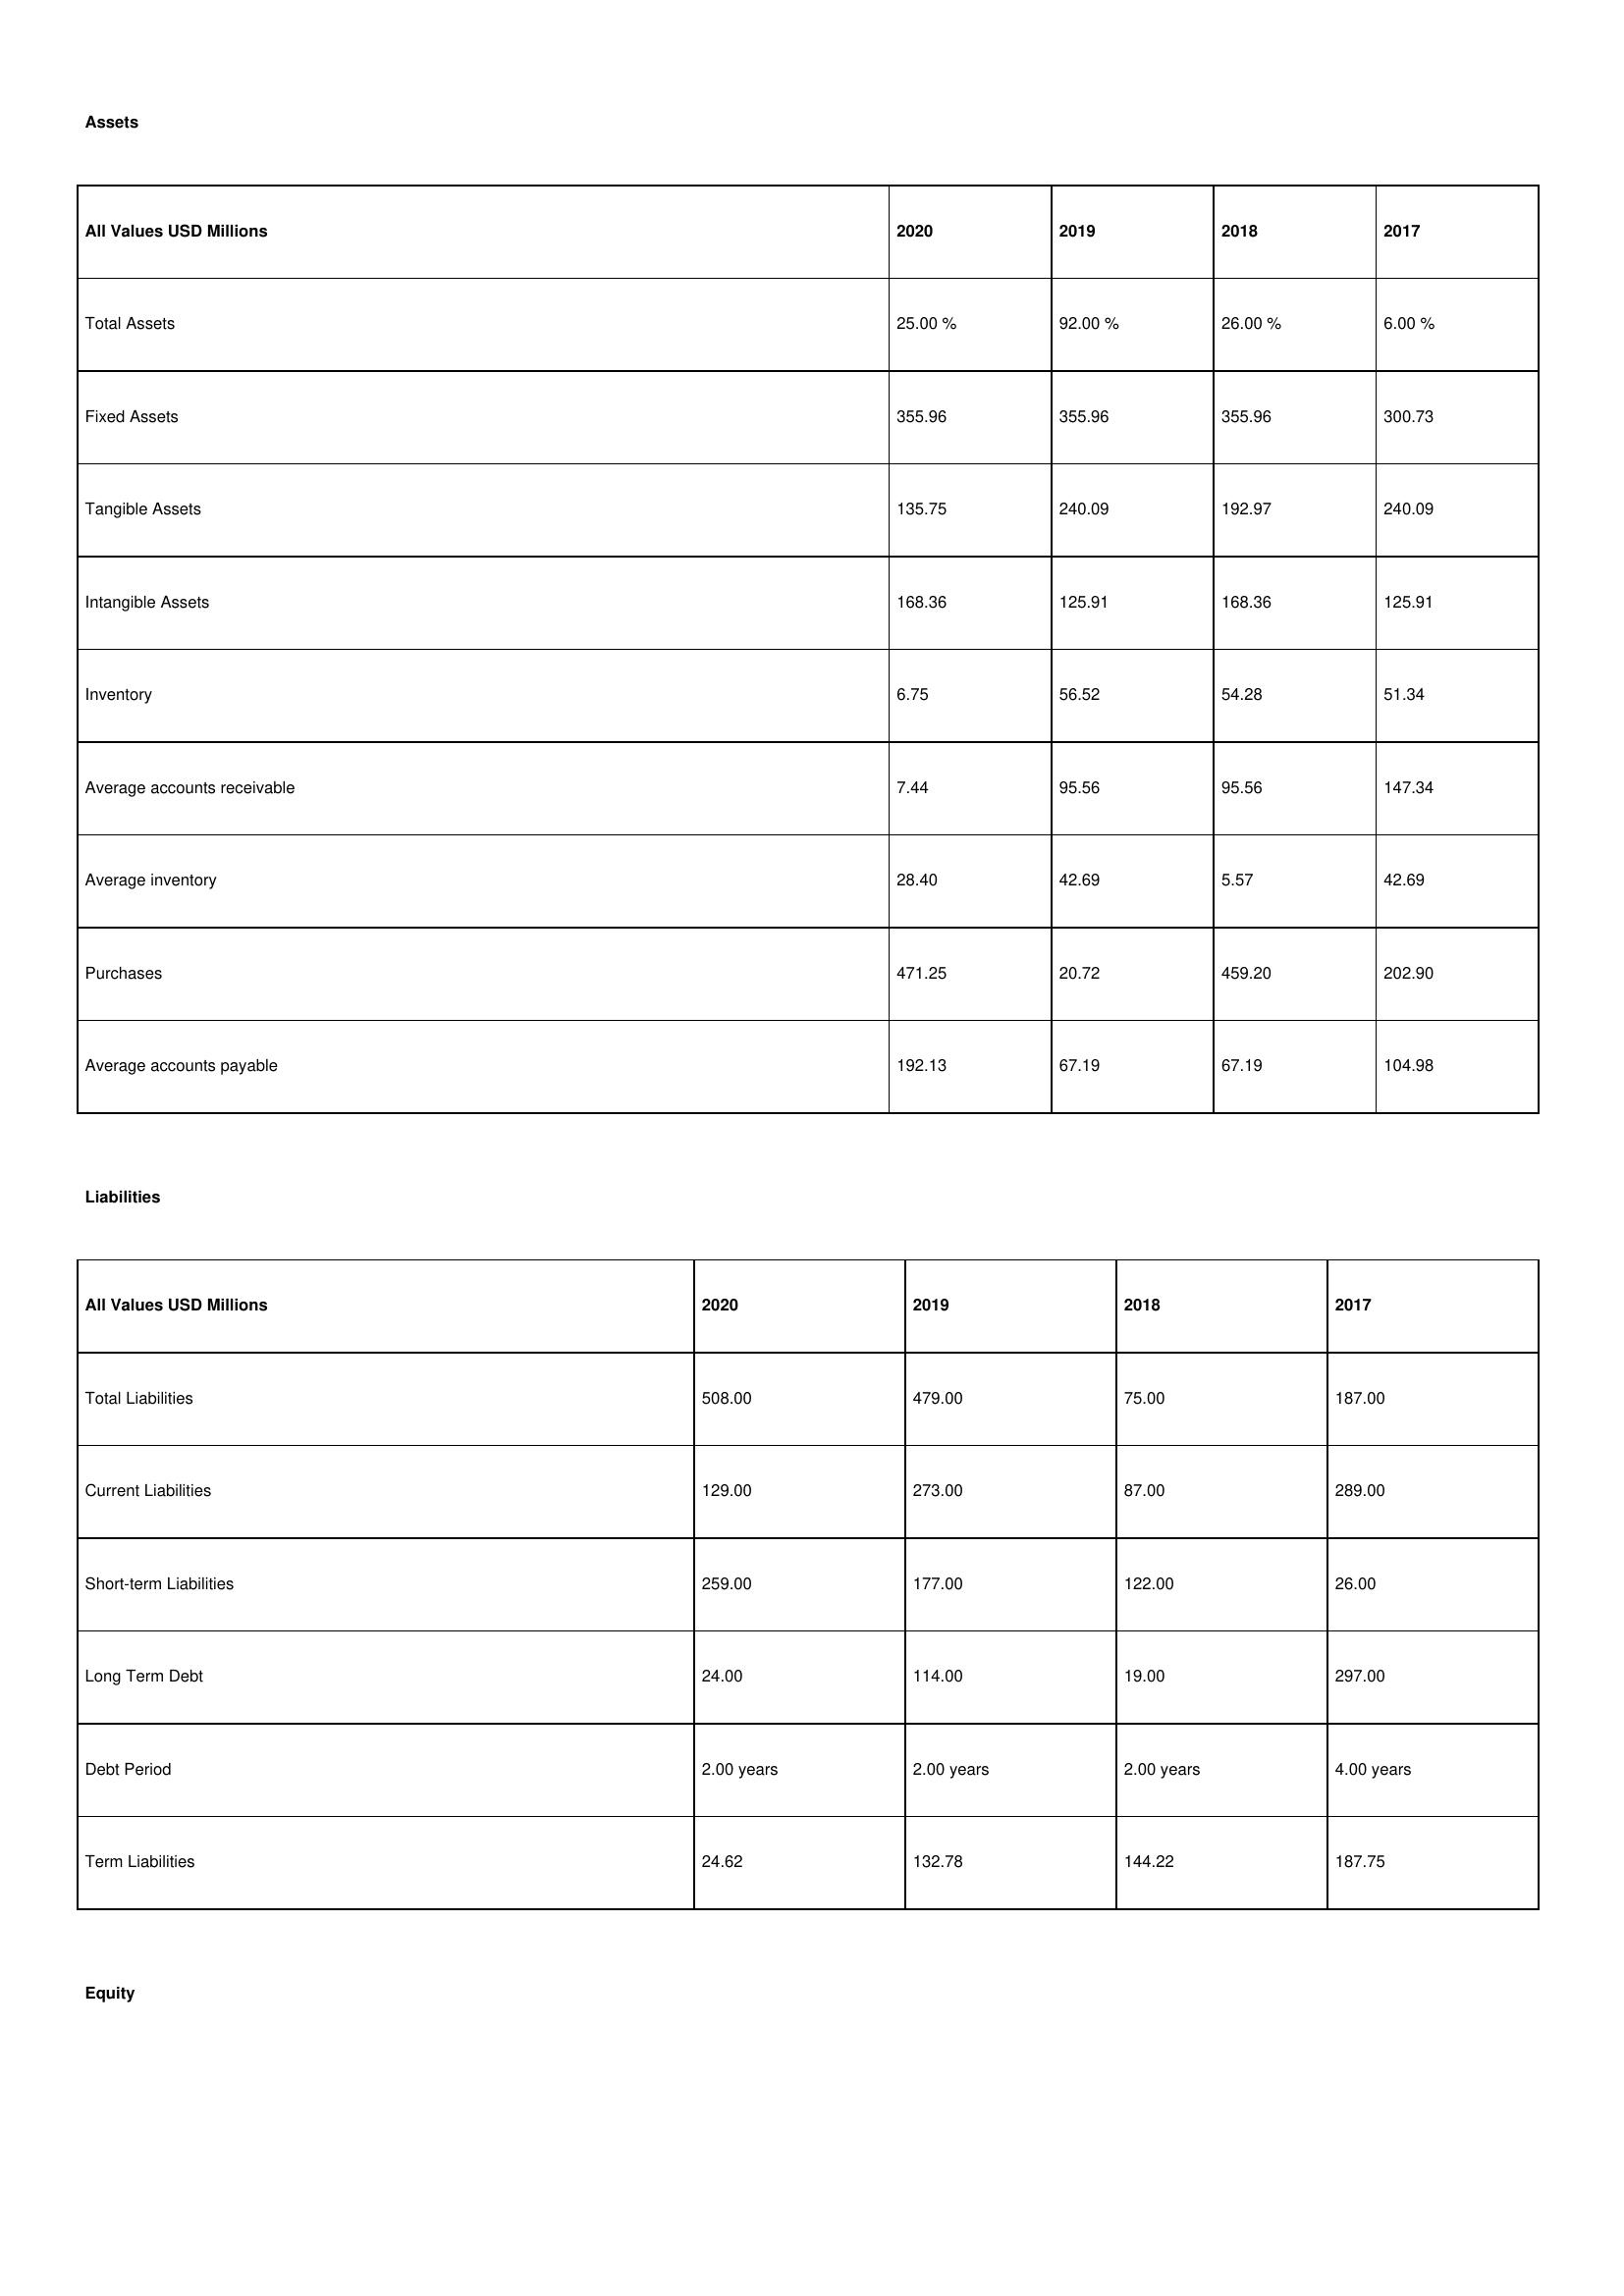
gt_parse: 2020: Assets: Total Assets: 25.00 %
Fixed Assets: 355.96
Tangible Assets: 135.75
Intangible Assets: 168.36
Inventory: 6.75
Average accounts receivable: 7.44
Average inventory: 28.40
Purchases: 471.25
Average accounts payable: 192.13
Liabilities: Total Liabilities: 508.00
Current Liabilities: 129.00
Short-term Liabilities: 259.00
Long Term Debt: 24.00
Debt Period: 2.00 years
Term Liabilities: 24.62
Equity: Common Stock: 265.03
Treasury Stock: 16.95
Other Comprehensive Income: 67.75
Total Equity: 8.00 %
Issued Capital: 376.00
Paid-up Capital: 75.11
Additional Paid-In Capital: 76.31
General Reserves: 117.62
Credit Balance: 10.09
Retained Earnings: 225.17
2019: Assets: Total Assets: 92.00 %
Fixed Assets: 355.96
Tangible Assets: 240.09
Intangible Assets: 125.91
Inventory: 56.52
Average accounts receivable: 95.56
Average inventory: 42.69
Purchases: 20.72
Average accounts payable: 67.19
Liabilities: Total Liabilities: 479.00
Current Liabilities: 273.00
Short-term Liabilities: 177.00
Long Term Debt: 114.00
Debt Period: 2.00 years
Term Liabilities: 132.78
Equity: Common Stock: 212.42
Treasury Stock: 17.34
Other Comprehensive Income: 74.83
Total Equity: 63.00 %
Issued Capital: 7.00
Paid-up Capital: 41.50
Additional Paid-In Capital: 79.56
General Reserves: 152.44
Credit Balance: 21.59
Retained Earnings: 142.10
2018: Assets: Total Assets: 26.00 %
Fixed Assets: 355.96
Tangible Assets: 192.97
Intangible Assets: 168.36
Inventory: 54.28
Average accounts receivable: 95.56
Average inventory: 5.57
Purchases: 459.20
Average accounts payable: 67.19
Liabilities: Total Liabilities: 75.00
Current Liabilities: 87.00
Short-term Liabilities: 122.00
Long Term Debt: 19.00
Debt Period: 2.00 years
Term Liabilities: 144.22
Equity: Common Stock: 154.02
Treasury Stock: 2.54
Other Comprehensive Income: 90.88
Total Equity: 8.00 %
Issued Capital: 12.00
Paid-up Capital: 49.89
Additional Paid-In Capital: 76.31
General Reserves: 174.05
Credit Balance: 10.09
Retained Earnings: 263.06
2017: Assets: Total Assets: 6.00 %
Fixed Assets: 300.73
Tangible Assets: 240.09
Intangible Assets: 125.91
Inventory: 51.34
Average accounts receivable: 147.34
Average inventory: 42.69
Purchases: 202.90
Average accounts payable: 104.98
Liabilities: Total Liabilities: 187.00
Current Liabilities: 289.00
Short-term Liabilities: 26.00
Long Term Debt: 297.00
Debt Period: 4.00 years
Term Liabilities: 187.75
Equity: Common Stock: 189.89
Treasury Stock: 42.23
Other Comprehensive Income: 30.59
Total Equity: 67.00 %
Issued Capital: 332.00
Paid-up Capital: 41.50
Additional Paid-In Capital: 76.31
General Reserves: 171.12
Credit Balance: 31.81
Retained Earnings: 107.05